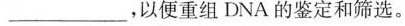
___，以便组DAN的鉴定和筛选。